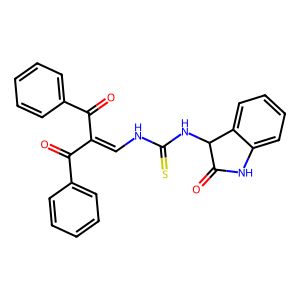
SMILES: O=C(C(=CNC(=S)NC1C(=O)Nc2ccccc21)C(=O)c1ccccc1)c1ccccc1
Inhibits HIV replication: No